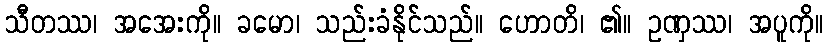
သီတဿ၊ အအေးကို။ ခမော၊ သည်းခံနိုင်သည်။ ဟောတိ၊ ၏။ ဥဏှဿ၊ အပူကို။